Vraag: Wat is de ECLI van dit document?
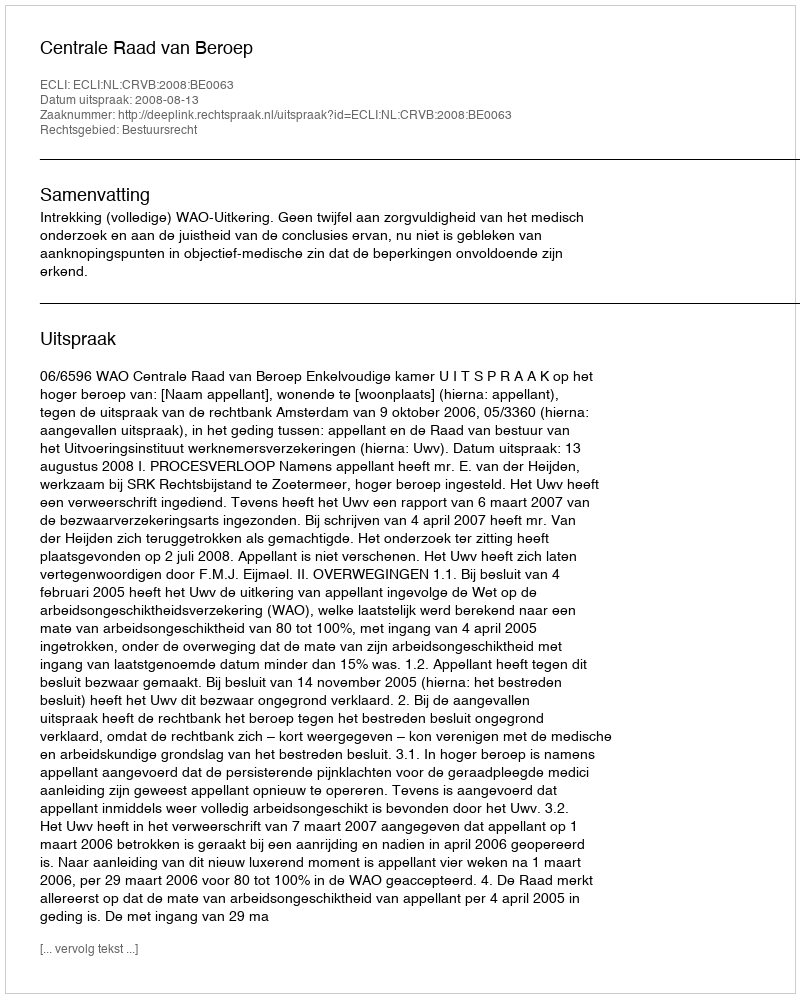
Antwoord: ECLI:NL:CRVB:2008:BE0063